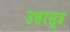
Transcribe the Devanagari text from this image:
उत्तरसूत्र